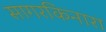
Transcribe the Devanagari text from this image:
सागरकिनारा